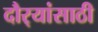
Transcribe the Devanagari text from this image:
दौर्‍यांसाठी